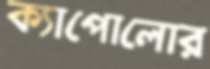
ক্যাপোলোর